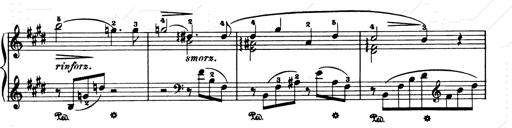
Title: Consolations and LiebestrÃ¤ume for the Piano
Composer: Franz Liszt